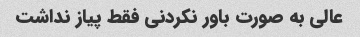
عالی به صورت باور نکردنی فقط پیاز نداشت